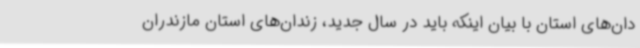
دان‌های استان با بیان اینکه باید در سال جدید، زندان‌های استان مازندران